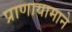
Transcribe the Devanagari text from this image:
प्राणायामाने